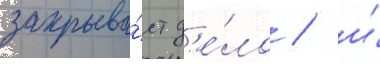
закрыва́ет д'е́ло / и́